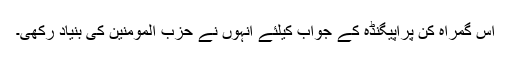
اس گمراہ کن پراپیگنڈہ کے جواب کیلئے انہوں نے حزب المومنین کی بنیاد رکھی۔